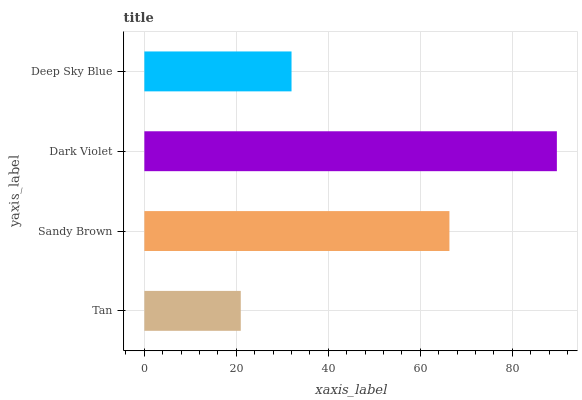
| yaxis_label | bars |
 | --- | --- |
 | Tan | 21 |
 | Sandy Brown | 66.3 |
 | Dark Violet | 89.7 |
 | Deep Sky Blue | 32 |